Insane asylums in Bengal annual reports 1867-1875 - 1867-1875
Year: 1867
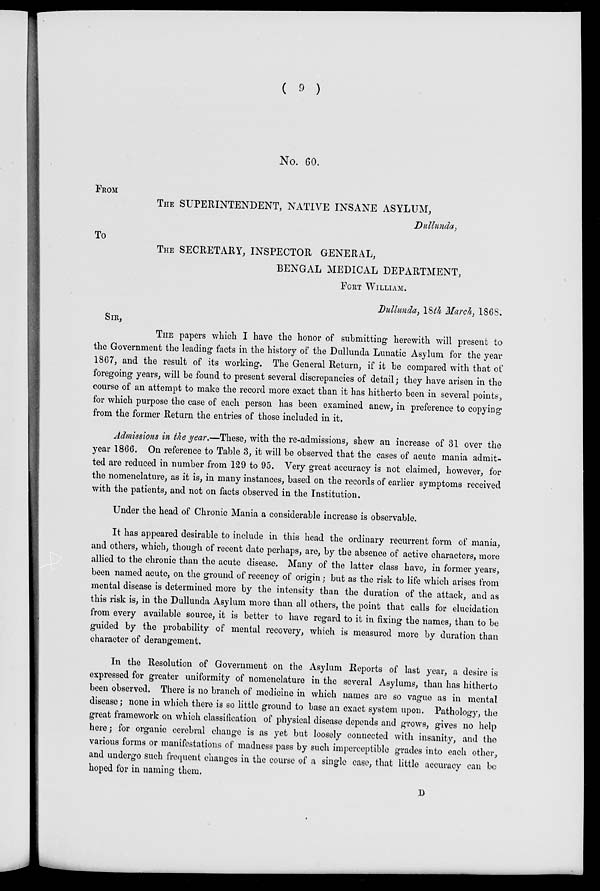
( 9 )
No. 60.
FROM
THE SUPERINTENDENT, NATIVE INSANE ASYLUM,
Dullunda,
To
THE SECRETARY, INSPECTOR GENERAL,
BENGAL MEDICAL DEPARTMENT,
FORT WILLIAM.
Dullunda, 18th March, 1868.
SIR,
THE papers which I have the honor of submitting herewith will present to
the Government the leading facts in the history of the Dullunda Lunatic Asylum for the year
1867, and the result of its working. The General Return, if it be compared with that of
foregoing years, will be found to present several discrepancies of detail; they have arisen in the
course of an attempt to make the record more exact than it has hitherto been in several points,
for which purpose the case of each person has been examined anew, in preference to copying
from the former Return the entries of those included in it.
Admissions in the year.—These, with the re-admissions, shew an increase of 31 over the
year 1866. On reference to Table 3, it will be observed that the cases of acute mania admit-
ted are reduced in number from 129 to 95. Very great accuracy is not claimed, however, for
the nomenclature, as it is, in many instances, based on the records of earlier symptoms received
with the patients, and not on facts observed in the Institution.
Under the head of Chronic Mania a considerable increase is observable.
It has appeared desirable to include in this head the ordinary recurrent form of mania,
and others, which, though of recent date perhaps, are, by the absence of active characters, more
allied to the chronic than the acute disease. Many of the latter class have, in former years,
been named acute, on the ground of recency of origin; but as the risk to life which arises from
mental disease is determined more by the intensity than the duration of the attack, and as
this risk is, in the Dullunda Asylum more than all others, the point that calls for elucidation
from every available source, it is better to have regard to it in fixing the names, than to be
guided by the probability of mental recovery, which is measured more by duration than
character of derangement.
In the Resolution of Government on the Asylum Reports of last year, a desire is
expressed for greater uniformity of nomenclature in the several Asylums, than has hitherto
been observed. There is no branch of medicine in which names are so vague as in mental
disease; none in which there is so little ground to base an exact system upon. Pathology, the
great framework on which classification of physical disease depends and grows, gives no help
here; for organic cerebral change is as yet but loosely connected with insanity, and the
various forms or manifestations of madness pass by such imperceptible grades into each other,
and undergo such frequent changes in the course of a single case, that little accuracy can be
hoped for in naming them.
D